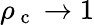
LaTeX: \rho_{\mathrm{~c~}}\to 1